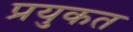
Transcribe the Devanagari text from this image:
प्रयुकत